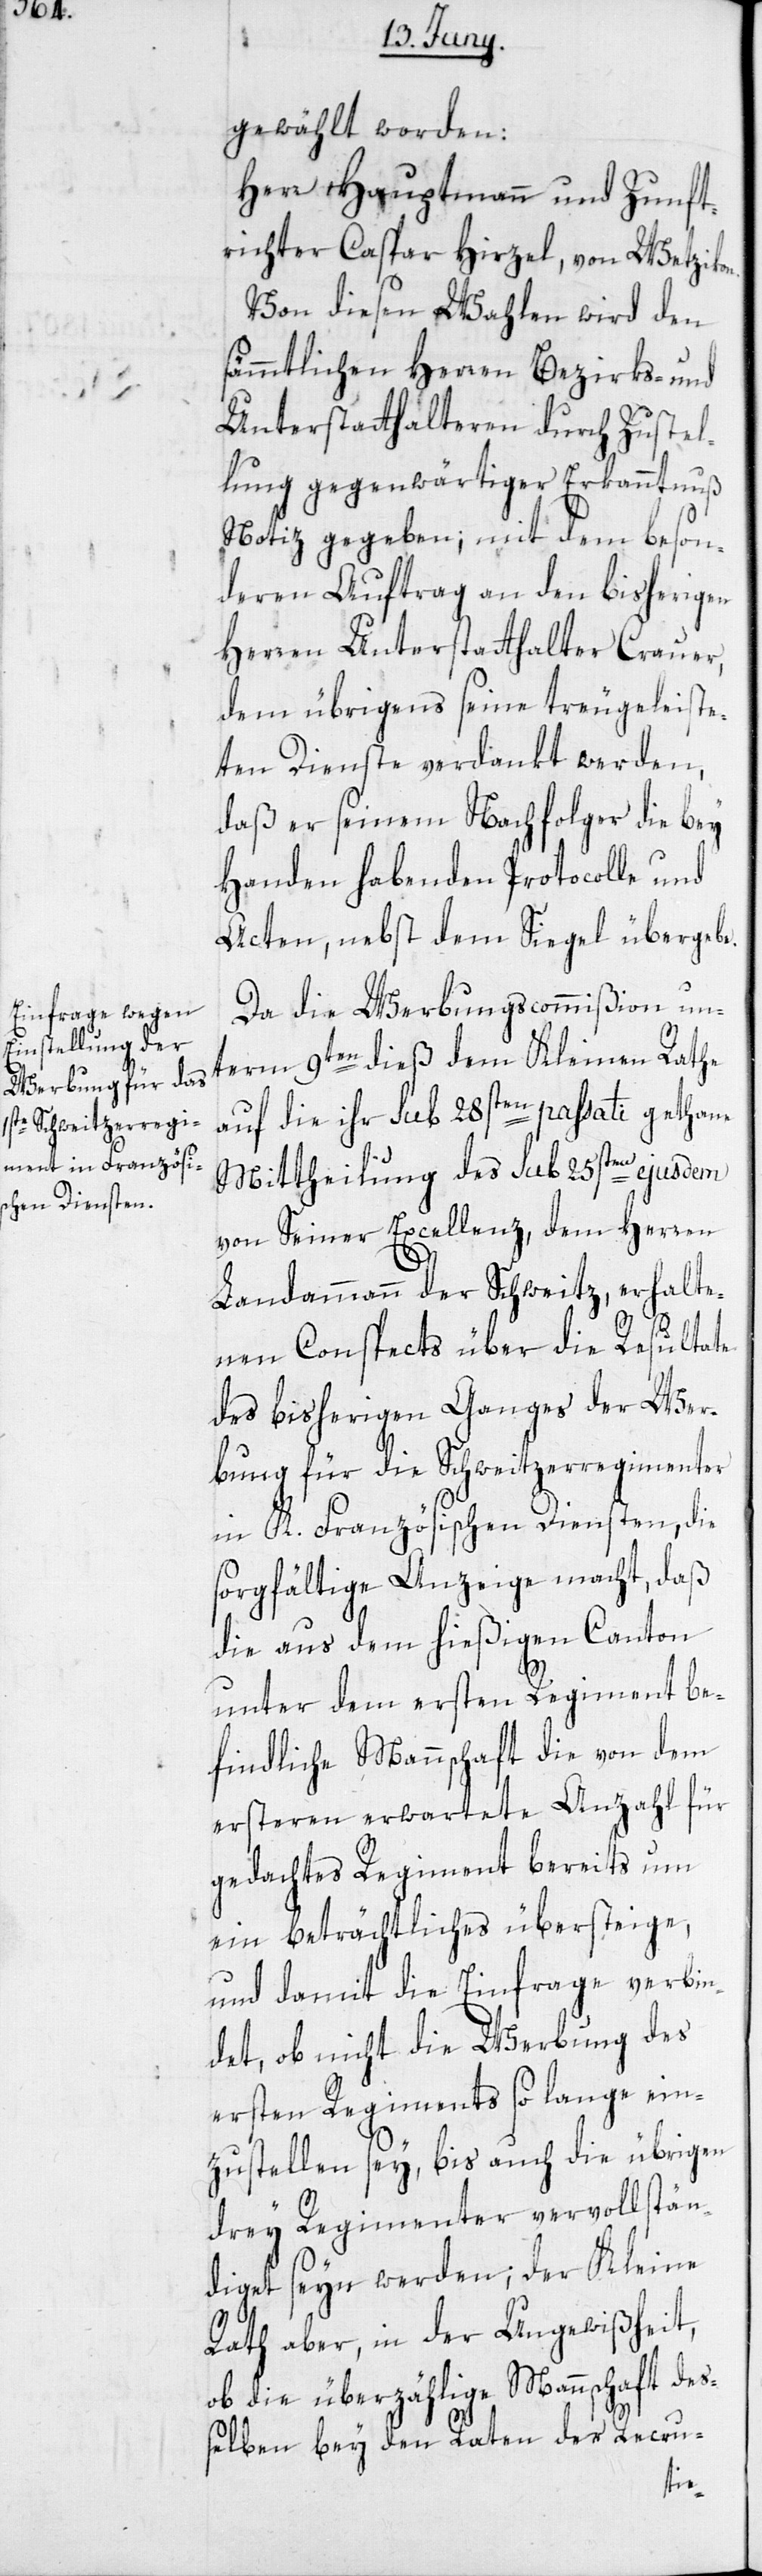
n.

gewählt worden:
Herr Hauptmann und Zunft¬
richter Caspar Hirzel, von Wetziko¬
Von diesen Wahlen wird den
sämmtlichen Herren Bezirks- und
Unterstatthalteren durch Zustel¬
lung gegenwärtiger Erkanntnuß
Notiz gegeben; mit dem beson¬
deren Auftrag an den bisherigen
Herren Unterstatthalter Crauer,
dem übrigens seine treugeleiste¬
ten Dienste verdankt werden,
daß er seinem Nachfolger die bey
Handen habenden Protocolle und
Acten, nebst dem Siegel, übergebe.
Da die Werbungscommißion unt¬
erm 9ten dieß dem Kleinen Rathe
auf die ihr sub 28sten passati gethane
Mittheilung des sub 25sten ejusdem
von Seiner Excellenz, dem Herren
Landammann der Schweitz, erhalte¬
nen Conspects über die Resultate
des bisherigen Ganges der Wer¬
bung für die Schweitzerregimenter
in K. Französischen Diensten, die
sorgfältige Anzeige macht, daß
die aus dem hießigen Canton
unter dem ersten Regiment be¬
findliche Mannschaft die von dem
ersteren erwartete Anzahl für
gedachtes Regiment bereits um
ein Beträchtliches übersteige,
und damit die Einfrage verbin¬
det, ob nicht die Werbung des
ersten Regiments so lange ein¬
zustellen sey, bis auch die übrigen
drey Regimenter vervollstän¬
diget seyn werden; der Kleine
Rath aber, in der Ungewißheit,
ob die überzählige Mannschaft des¬
selben bey den Raten der Recru-